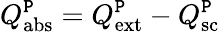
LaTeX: Q_{\textrm{abs}}^{\texttt{P}}=Q_{\textrm{ext}}^{\texttt{P}}-Q_{\textrm{sc}}^{\texttt{P}}